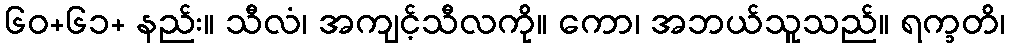
၆၀+၆၁+ နည်း။ သီလံ၊ အကျင့်သီလကို။ ကော၊ အဘယ်သူသည်။ ရက္ခတိ၊